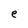
Character: e